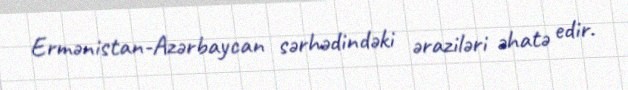
Ermənistan-Azərbaycan sərhədindəki əraziləri əhatə edir.